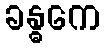
ခန္ဓကေ